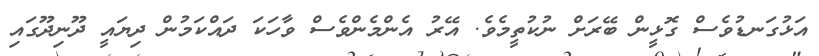
އަޅުގަނޑުވެސް ގޮޅީން ބޭރަށް ނުކުތީމެވެ. އޭރު އެންމެންވެސް ވާހަކަ ދައްކަމުން ދިޔައީ ދޫނިދޫގައި